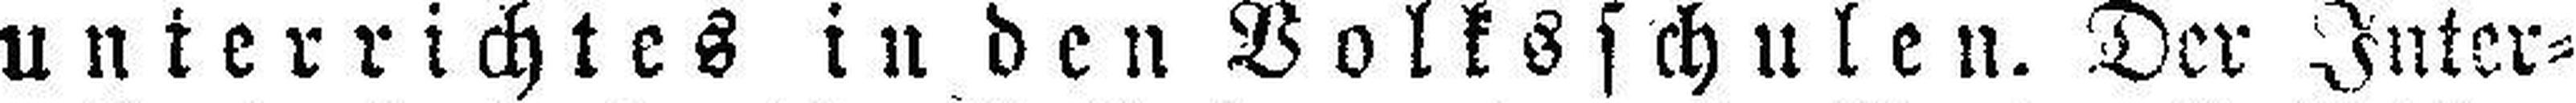
unterrichtes in den Volksschulen. Der Inter¬